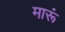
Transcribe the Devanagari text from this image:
मारूं